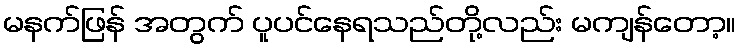
မနက်ဖြန် အတွက် ပူပင်နေရသည်တို့လည်း မကျန်တော့။